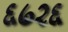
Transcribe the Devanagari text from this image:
६७२६